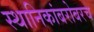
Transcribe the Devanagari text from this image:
स्थानिकांबरोबरच